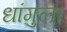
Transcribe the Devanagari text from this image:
धांगुला